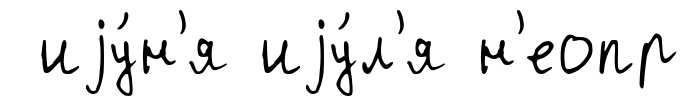
иjу́н'я иjу́л'я н'еопр